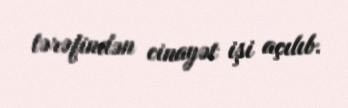
tərəfindən cinayət işi açılıb.